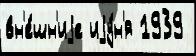
вн'е́шн'иjе иjу́н'я 1939